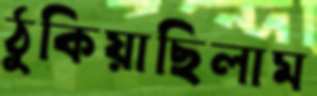
ঠুকিয়াছিলাম